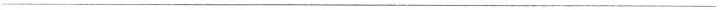
___